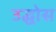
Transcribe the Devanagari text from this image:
उद्घोस